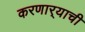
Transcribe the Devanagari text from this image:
करणार्‍याची